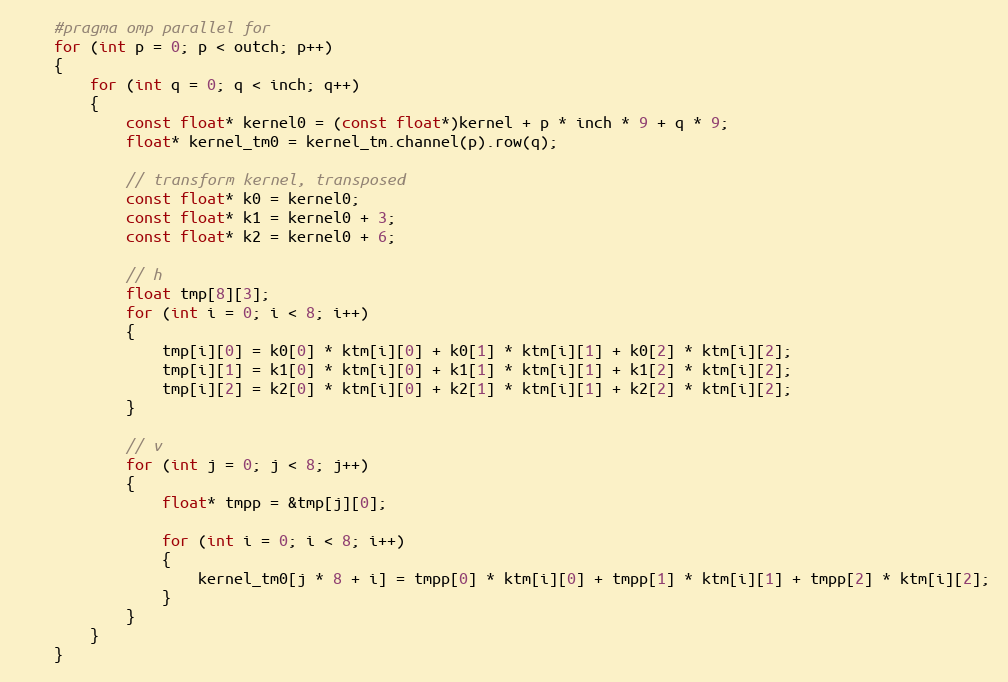
Language: C
    #pragma omp parallel for
    for (int p = 0; p < outch; p++)
    {
        for (int q = 0; q < inch; q++)
        {
            const float* kernel0 = (const float*)kernel + p * inch * 9 + q * 9;
            float* kernel_tm0 = kernel_tm.channel(p).row(q);

            // transform kernel, transposed
            const float* k0 = kernel0;
            const float* k1 = kernel0 + 3;
            const float* k2 = kernel0 + 6;

            // h
            float tmp[8][3];
            for (int i = 0; i < 8; i++)
            {
                tmp[i][0] = k0[0] * ktm[i][0] + k0[1] * ktm[i][1] + k0[2] * ktm[i][2];
                tmp[i][1] = k1[0] * ktm[i][0] + k1[1] * ktm[i][1] + k1[2] * ktm[i][2];
                tmp[i][2] = k2[0] * ktm[i][0] + k2[1] * ktm[i][1] + k2[2] * ktm[i][2];
            }

            // v
            for (int j = 0; j < 8; j++)
            {
                float* tmpp = &tmp[j][0];

                for (int i = 0; i < 8; i++)
                {
                    kernel_tm0[j * 8 + i] = tmpp[0] * ktm[i][0] + tmpp[1] * ktm[i][1] + tmpp[2] * ktm[i][2];
                }
            }
        }
    }